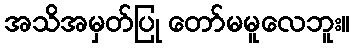
အသိအမှတ်ပြု တော်မမူလေဘူး။